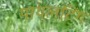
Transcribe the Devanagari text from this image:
पायलटिंग